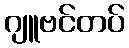
ဂျူဗင်တပ်